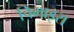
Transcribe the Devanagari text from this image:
चिमाइरा